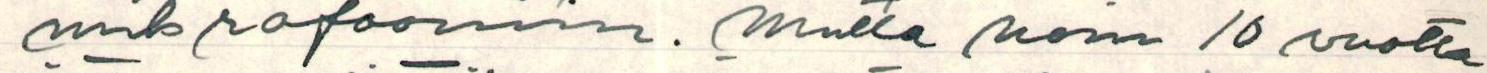
mikrofooniin. Mutta noin 10 vuotta